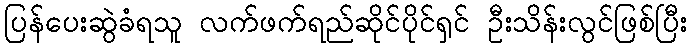
ပြန်ပေးဆွဲခံရသူ လက်ဖက်ရည်ဆိုင်ပိုင်ရှင် ဦးသိန်းလွင်ဖြစ်ပြီး